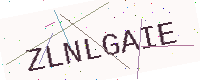
Text: ZLNLGAIE